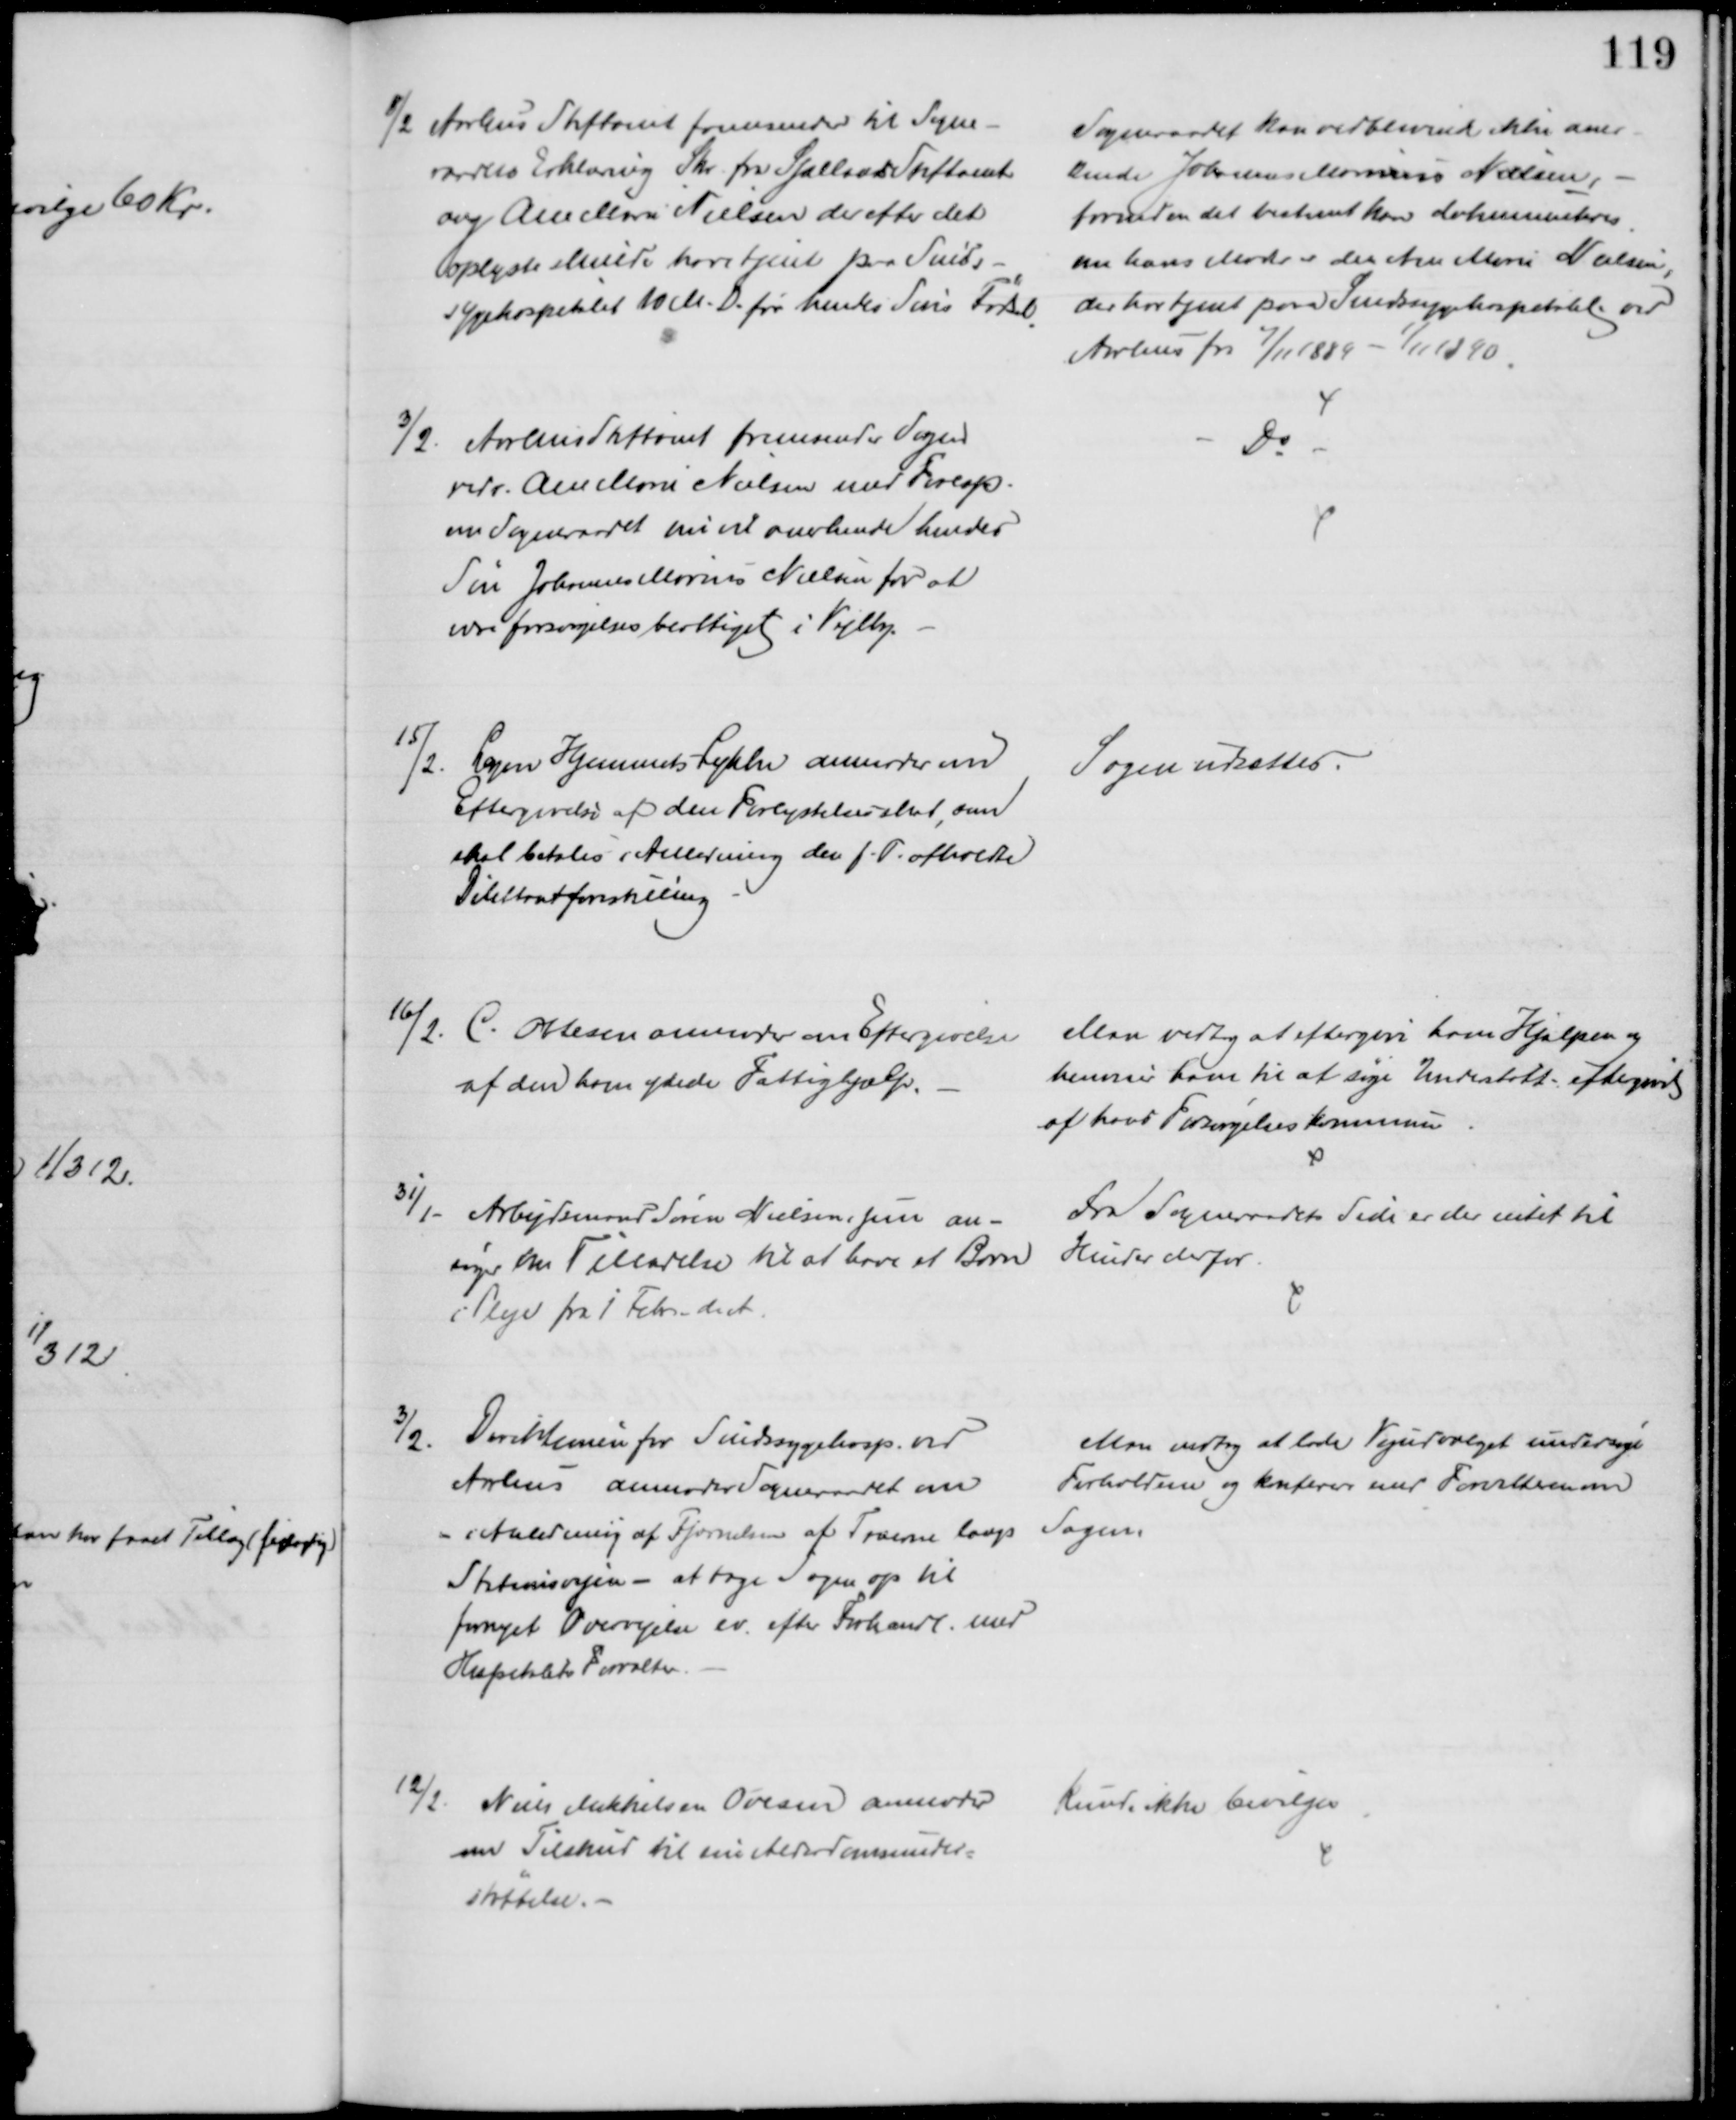
Transskription:
8/2 Aarhus Stiftamt fremsender til Sogne-
raadets Erklæring Skr. fra Sjællands Stiftamt
ang Ane Marie Nielsen der efter det
oplyste skulde have tjent paa Sinds-
sygehospitalet 10 M. D. før hendes Søns Fødsel
Sogneraadet kan vedblivende ikke aner-
kende Johannes Marinus Nielsen,
forinden det bestemt kan dokumenteres
om hans Moder er den Ane Marie Nielsen,
der har tjent paa Sindssygehospitalet ved
Aarhus fra 7/11 1889 - 1/11 1890.
3/2 Aarhus Stiftamt fremsender Sagen
vedr. Ane Marie Nielsen med Foresp.
om Sogneraadet nu vil anerkende hendes
Søn Johannes Marius Nielsen for at
være forsørgelsesberettiget i Vejlby.
Do
15/2. Logen Hjemmets-Lykke anmoder om
Eftergivelse af den Forlystelsesskat, som
skal betales i Anledning den f. T. afholdte
Dilettantforestilling
Sagen udsattes.
16/2.
C. Ottesen anmoder om Eftergivelse
af den ham ydede Fattighjælp.
Man vedtog at eftergive ham Hjælpen og 
henvise ham til at søge Understøtt-eftergivelse
af hans Forsørgelseskommune
31/1 - Arbejdsmand Søren Nielsen, jun an-
søger om Tilladelse til at have et Barn
i Pleje fra 1 Febr. d. A.
Fra Sogneraadets Side er der intet til
Hinder derfor.
3/2. Direktionen for Sindssygehosp. ved
Aarhus anmoder Sogneraadet om
- i Anledning af Fjernelsen af Træerne langs
Stationsvejen - at tage Sagen op til
fornyet Overvejelse ev. efter Forhandl. med
Hospitalets Forvalter.
Man vedtog at lade Vejudvalget undersøge
Forholdene og konferere med Forvalteren om
Sagen.
12/2. Niels Mikkelsen Ovesen anmoder
om Tilskud til sin Alderdomsunder=
støttelse. 
kunde ikke bevilges